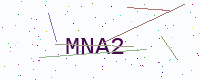
Text: MNA2